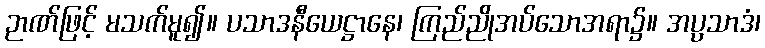
ဉာဏ်ဖြင့် မသက်မူ၍။ ပသာဒနီယေဋ္ဌာနေ၊ ကြည်ညိုအပ်သောအရာ၌။ အပ္ပသာဒံ၊